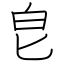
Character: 皀